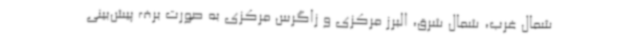
شمال غرب، شمال شرق، البرز مرکزی و زاگرس مرکزی به صورت برف پیش‌بینی